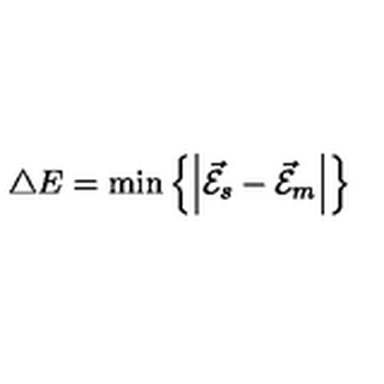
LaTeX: \triangle E = \min \left\{ \left| { \cal \vec { E } } _ { s } - { \cal \vec { E } } _ { m } \right| \right\}